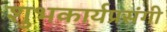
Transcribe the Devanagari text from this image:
शुभकार्यप्रसंगी